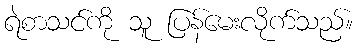
ရဲစာသင်ကို သူ ပြန်မေးလိုက်သည်။